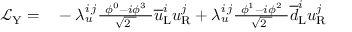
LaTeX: \begin{array} { r l } { { \mathcal { L } } _ { \mathrm { Y } } = } & { { } - \lambda _ { u } ^ { i \, j } { \frac { \ \phi ^ { 0 } - i \phi ^ { 3 } \ } { \sqrt { 2 \ } } } { \overline { { u } } } _ { \mathrm { L } } ^ { i } u _ { \mathrm { R } } ^ { j } + \lambda _ { u } ^ { i \, j } { \frac { \ \phi ^ { 1 } - i \phi ^ { 2 } \ } { \sqrt { 2 \ } } } { \overline { { d } } } _ { \mathrm { L } } ^ { i } u _ { \mathrm { R } } ^ { j } } \end{array}